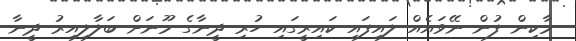
މާކިން ފުން ނޭވައެއް ލައިފައި ކައިރީގައި ހުރި ދީނާގެ މޫނަށް ބަލާލިއިރު ދީނާ